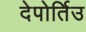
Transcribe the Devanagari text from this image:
देपोर्तिउ